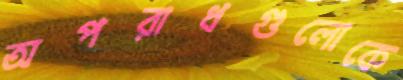
অপরাধগুলোকে